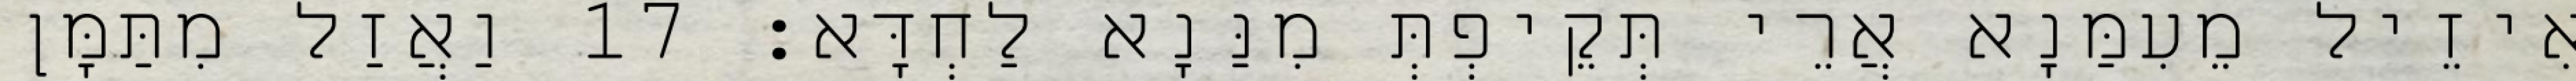
אִיזֵיל מֵעִמַּנָא אֲרֵי תְּקֵיפְתְּ מִנַּנָא לַחְדָּא׃ 17 וַאֲזַל מִתַּמָּן